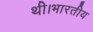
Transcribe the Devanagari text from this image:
थी।भारतीय